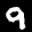
Label: 9